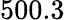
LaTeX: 500.3